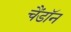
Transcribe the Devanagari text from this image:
चैंडॉन